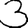
Digit: 3